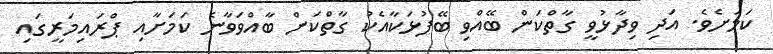
ކަމަށެވެ. އަދި ވިދާޅުވީ ގާތްކަން ބޭއްވި ބޭފުޅަކާއެކު ގާތްކަން ބާއްވަވާނެ ކަމަށާއި ޕްރައިމަރީގައި